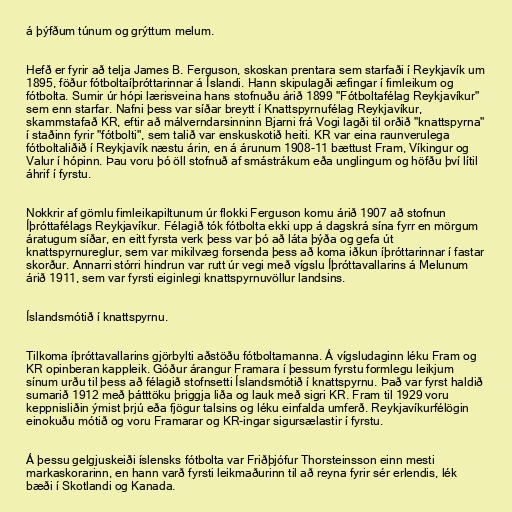
á þýfðum túnum og grýttum melum.

Hefð er fyrir að telja James B. Ferguson, skoskan prentara sem starfaði í Reykjavík um
1895, föður fótboltaíþróttarinnar á Íslandi. Hann skipulagði æfingar í fimleikum og
fótbolta. Sumir úr hópi lærisveina hans stofnuðu árið 1899 "Fótboltafélag Reykjavíkur"
sem enn starfar. Nafni þess var síðar breytt í Knattspyrnufélag Reykjavíkur,
skammstafað KR, eftir að málverndarsinninn Bjarni frá Vogi lagði til orðið "knattspyrna"
í staðinn fyrir "fótbolti", sem talið var enskuskotið heiti. KR var eina raunverulega
fótboltaliðið í Reykjavík næstu árin, en á árunum 1908-11 bættust Fram, Víkingur og
Valur í hópinn. Þau voru þó öll stofnuð af smástrákum eða unglingum og höfðu því lítil
áhrif í fyrstu.

Nokkrir af gömlu fimleikapiltunum úr flokki Ferguson komu árið 1907 að stofnun
Íþróttafélags Reykjavíkur. Félagið tók fótbolta ekki upp á dagskrá sína fyrr en mörgum
áratugum síðar, en eitt fyrsta verk þess var þó að láta þýða og gefa út
knattspyrnureglur, sem var mikilvæg forsenda þess að koma iðkun íþróttarinnar í fastar
skorður. Annarri stórri hindrun var rutt úr vegi með vígslu Íþróttavallarins á Melunum
árið 1911, sem var fyrsti eiginlegi knattspyrnuvöllur landsins.

Íslandsmótið í knattspyrnu.

Tilkoma íþróttavallarins gjörbylti aðstöðu fótboltamanna. Á vígsludaginn léku Fram og
KR opinberan kappleik. Góður árangur Framara í þessum fyrstu formlegu leikjum
sínum urðu til þess að félagið stofnsetti Íslandsmótið í knattspyrnu. Það var fyrst haldið
sumarið 1912 með þátttöku þriggja liða og lauk með sigri KR. Fram til 1929 voru
keppnisliðin ýmist þrjú eða fjögur talsins og léku einfalda umferð. Reykjavíkurfélögin
einokuðu mótið og voru Framarar og KR-ingar sigursælastir í fyrstu.

Á þessu gelgjuskeiði íslensks fótbolta var Friðþjófur Thorsteinsson einn mesti
markaskorarinn, en hann varð fyrsti leikmaðurinn til að reyna fyrir sér erlendis, lék
bæði í Skotlandi og Kanada.